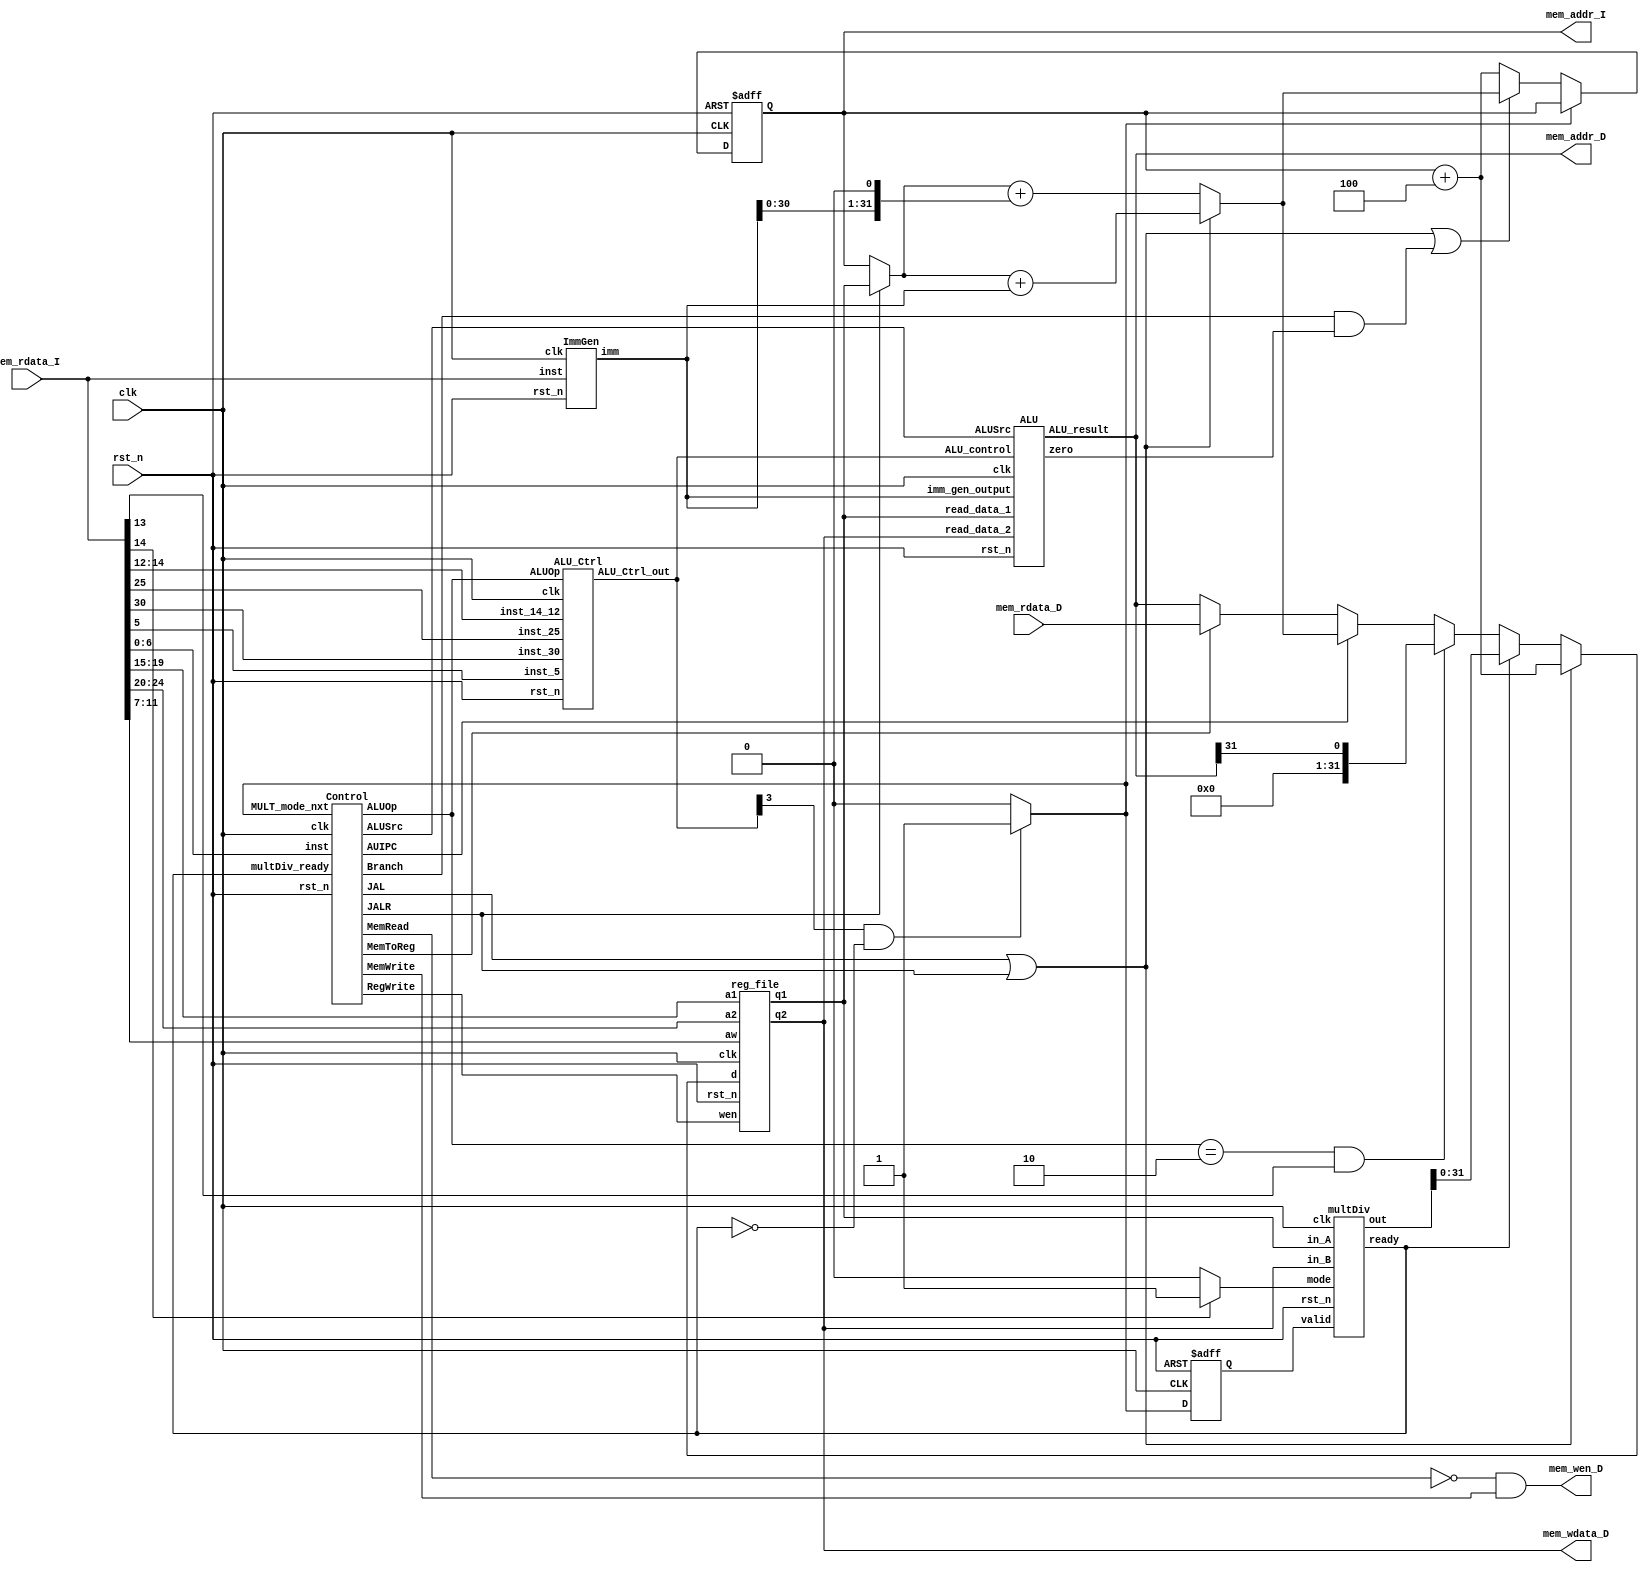
// Your code

module CHIP(clk,
            rst_n,
            // For mem_D
            mem_wen_D,
            mem_addr_D,
            mem_wdata_D,
            mem_rdata_D,
            // For mem_I
            mem_addr_I,
            mem_rdata_I);

    input         clk, rst_n ;
    // For mem_D
    output        mem_wen_D  ;
    output [31:0] mem_addr_D ;
    output [31:0] mem_wdata_D;
    input  [31:0] mem_rdata_D;
    // For mem_I
    output [31:0] mem_addr_I ;
    input  [31:0] mem_rdata_I;
    
    //---------------------------------------//
    // Do not modify this part!!!            //
    // Exception: You may change wire to reg //
    reg    [31:0] PC          ;              //
    wire   [31:0] PC_nxt      ;              //
    wire          regWrite    ;              //
    wire   [ 4:0] rs1, rs2, rd;              //
    wire   [31:0] rs1_data    ;              //
    wire   [31:0] rs2_data    ;              //
    wire   [31:0] rd_data     ;              //
    //---------------------------------------//

    reg [31:0] PC_nxt_w;
    assign PC_nxt = PC_nxt_w;

    
    // Todo: other wire/reg
    // wires
    wire jump;  // to determine whether PC should jump
    wire [31:0] Sum ; // Sum to calculate PC if jumped
    wire [31:0] Instruction; // Instruction fetched from text memory
    wire [31:0] Add1; // added value (PC or rd1), depending on JALR
    wire AUIPC, JALR, JAL, Branch, MemRead, MemToReg, MemWrite, ALUSrc, RegWrite, ALU_Zero;
    wire [1:0] ALUOp;
    wire [31:0] ImmGen_out, ALU_result;
    wire [3:0] ALU_Ctrl_out;
    wire [31:0] m1, m2, m3, m4;
    // wires for multDiv
    wire multDiv_valid, multDiv_ready, multDiv_mode;
    wire [31:0] multDiv_in_A, multDiv_in_B;
    wire [63:0] multDiv_result;
    // regs
    reg MULT_mode, MULT_mode_nxt;

    assign regWrite = RegWrite;

    assign rs1 = Instruction[19:15];
    assign rs2 = Instruction[24:20];
    assign rd = Instruction[11:7];

    assign Add1 = (JALR)?rs1_data:PC;
    assign Sum = (JALR||JAL)?Add1 + ImmGen_out:Add1 + (ImmGen_out << 1);

    // fetch
    assign mem_addr_I = PC;
    assign Instruction = mem_rdata_I;

    // assign wires to data memory
    assign mem_wen_D = (!MemRead && MemWrite); //write when condition is true, else read
    assign mem_addr_D = ALU_result;
    assign mem_wdata_D = rs2_data;

    // where does the data to be stored in register come from?
    assign m1 = (MemToReg)? mem_rdata_D:ALU_result; // from alu result or data memory
    assign m2 = (AUIPC)? Sum:m1;
    assign m3 = (ALUOp == 2'b10 && Instruction[13])? ALU_result[31]==1 : m2; // slti
    assign m4 = (multDiv_ready)? multDiv_result : m3; // mul
    assign rd_data = (JAL || JALR)? PC+4:m4;

    //---------------------------------------//
    // Do not modify this part!!!            //
    reg_file reg0(                           //
        .clk(clk),                           //
        .rst_n(rst_n),                       //
        .wen(regWrite),                      //
        .a1(rs1),                            //
        .a2(rs2),                            //
        .aw(rd),                             //
        .d(rd_data),                         //
        .q1(rs1_data),                       //
        .q2(rs2_data));                      //
    //---------------------------------------//
    
    // Todo: any combinational/sequential circuit(
    Control control0(
        .clk(clk),
        .rst_n(rst_n),
        .inst(Instruction[6:0]),
        .MULT_mode_nxt(MULT_mode_nxt),
        .multDiv_ready(multDiv_ready),
        .AUIPC(AUIPC),
        .JALR(JALR),
        .JAL(JAL),
        .Branch(Branch),
        .MemRead(MemRead),
        .MemToReg(MemToReg),
        .MemWrite(MemWrite),
        .ALUSrc(ALUSrc),
        .RegWrite(RegWrite),
        .ALUOp(ALUOp));

    ALU_Ctrl alu_ctrl0(
        .clk(clk), 
        .rst_n(rst_n), 
        .ALUOp(ALUOp), 
        .inst_30(Instruction[30]), 
        .inst_25(Instruction[25]),
        .inst_5(Instruction[5]),
        .inst_14_12(Instruction[14:12]), 
        .ALU_Ctrl_out(ALU_Ctrl_out));

    ImmGen immgen0(
        .clk(clk),
        .rst_n(rst_n),
        .inst(Instruction),
        .imm(ImmGen_out));

    ALU alu0(
    .clk(clk), 
    .rst_n(rst_n), 
    .ALUSrc(ALUSrc),
    .read_data_1(rs1_data),
    .imm_gen_output(ImmGen_out),
    .read_data_2(rs2_data),
    .ALU_control(ALU_Ctrl_out),
    .zero(ALU_Zero), 
    .ALU_result(ALU_result));

    multDiv multDiv0(
    .clk(clk),
    .rst_n(rst_n),
    .valid(multDiv_valid),
    .ready(multDiv_ready),
    .mode(multDiv_mode),
    .in_A(multDiv_in_A),
    .in_B(multDiv_in_B),
    .out(multDiv_result)
    );


    // Combinational circuit
    always @(*) begin
        if (!MULT_mode_nxt) begin
            if (JAL || JALR || (Branch && ALU_Zero)) begin
                PC_nxt_w = Sum;
            end
            else begin
                PC_nxt_w = PC + 4;
            end
        end
        else begin
            PC_nxt_w = PC;
        end
    end

    always @(*) begin
        if (ALU_Ctrl_out[3] && !multDiv_ready) begin
            MULT_mode_nxt = 1;
        end
        else begin
            MULT_mode_nxt = 0;
        end
    end

    assign multDiv_valid = MULT_mode;
    assign multDiv_mode = Instruction[14]? 1 : 0;
    assign multDiv_in_A = rs1_data;
    assign multDiv_in_B = rs2_data;

    // Sequential circuit
    always @(posedge clk or negedge rst_n) begin
        if (!rst_n) begin
            PC <= 32'h00010000; // Do not modify this value!!!
            MULT_mode <= 0;
            
        end
        else begin
            PC <= PC_nxt_w;
            MULT_mode <= MULT_mode_nxt;
        end
    end
endmodule

module reg_file(clk, rst_n, wen, a1, a2, aw, d, q1, q2);
   
    parameter BITS = 32;
    parameter word_depth = 32;
    parameter addr_width = 5; // 2^addr_width >= word_depth
    
    input clk, rst_n, wen; // wen: 0:read | 1:write
    input [BITS-1:0] d;
    input [addr_width-1:0] a1, a2, aw;

    output [BITS-1:0] q1, q2;

    reg [BITS-1:0] mem [0:word_depth-1];
    reg [BITS-1:0] mem_nxt [0:word_depth-1];

    integer i;

    assign q1 = mem[a1];
    assign q2 = mem[a2];

    always @(*) begin
        for (i=0; i<word_depth; i=i+1)
            mem_nxt[i] = (wen && (aw == i)) ? d : mem[i];
    end

    always @(posedge clk or negedge rst_n) begin
        if (!rst_n) begin
            mem[0] <= 0;
            for (i=1; i<word_depth; i=i+1) begin
                case(i)
                    32'd2: mem[i] <= 32'hbffffff0;
                    32'd3: mem[i] <= 32'h10008000;
                    default: mem[i] <= 32'h0;
                endcase
            end
        end
        else begin
            mem[0] <= 0;
            for (i=1; i<word_depth; i=i+1)
                mem[i] <= mem_nxt[i];
        end       
    end
endmodule

module multDiv(
    clk,
    rst_n,
    valid,
    ready,
    mode,
    in_A,
    in_B,
    out
);

    // Definition of ports
    input         clk, rst_n;
    input         valid, mode; // mode: 0: multu, 1: divu
    output        ready;
    input  [31:0] in_A, in_B;
    output [63:0] out;

    // Definition of states
    parameter IDLE = 2'b00;
    parameter MULT = 2'b01;
    parameter DIV  = 2'b10;
    parameter OUT  = 2'b11;

    // Todo: Wire and reg
    reg  [ 1:0] state, state_nxt;
    reg  [ 4:0] counter, counter_nxt;
    reg  [63:0] shreg, shreg_nxt;
    reg  [31:0] alu_in, alu_in_nxt;
    reg  [32:0] alu_out;

    // Todo 5: wire assignments
    wire [31:0] temp_shreg;
    reg ready_reg;

    assign out = shreg;
    assign temp_shreg = shreg[63:32] - alu_in;
    assign ready = ready_reg;
    
    // Combinational always block
    // Todo 1: State machine
    always @(*) begin
        case(state)
            IDLE: begin
                if (!valid) state_nxt = IDLE;
                else begin
                    if (mode) state_nxt = DIV;
                    else state_nxt = MULT;
                end 
            end
            MULT: begin
                if (counter != 5'b11111) state_nxt = MULT;
                else state_nxt = OUT;
            end
            DIV : begin
                if (counter != 5'b11111) state_nxt = DIV;
                else state_nxt = OUT;
            end
            OUT : state_nxt = IDLE;
        endcase
    end
    // Todo 2: Counter
    always @(*) begin
        case(state)
            MULT: counter_nxt = counter + 1;
            DIV: counter_nxt = counter + 1;
            default: counter_nxt = 0;
        endcase
    end
    // ALU input
    always @(*) begin
        case(state)
            IDLE: begin
                if (valid) alu_in_nxt = in_B;
                else       alu_in_nxt = 0;
            end
            OUT : alu_in_nxt = 0;
            default: alu_in_nxt = alu_in;
        endcase
    end

    // Todo 3: ALU output
    always @(*) begin
        case(state)
            MULT: begin
                if (shreg[0]) begin
                    alu_out = shreg[63:32] + alu_in;
                end
                else begin
                    alu_out[32] = 1'b0;
                    alu_out[31:0] = shreg[63:32];
                end
            end
            DIV : begin
                alu_out = shreg[62:31] - alu_in;
            end
            default: alu_out = 32'b0;
        endcase
    end
    // Todo 4: Shift register
    always @(*) begin
        case(state)
            IDLE: begin
                if (valid) begin
                    shreg_nxt[63:32] = 32'b0;
                    shreg_nxt[31:0] = in_A;
                end
                else shreg_nxt = 0;
            end
            MULT: begin
            // shift right
                shreg_nxt[63:31] = alu_out[32:0];
                shreg_nxt[30:0] = shreg[31:1];
            end
            DIV: begin
                if (alu_out[32]) begin
                    shreg_nxt[63:1] = shreg[62:0];
                    shreg_nxt[0] = 1'b0;
                end
                else begin
                    shreg_nxt[63:32] = alu_out[31:0];
                    shreg_nxt[31:1] = shreg[30:0];
                    shreg_nxt[0] = 1'b1;
                end
            end
            default: shreg_nxt = 0;
        endcase
    end
    // Todo: Sequential always block
    always @(posedge clk or negedge rst_n) begin
        if (!rst_n) begin
            state <= IDLE;
            shreg <= 64'b0;
            counter <= 5'b0;
            alu_in <= 32'b0;
            ready_reg <= 1'b0;
        end
        else begin
            state <= state_nxt;
            shreg <= shreg_nxt;
            counter <= counter_nxt;
            alu_in <= alu_in_nxt;
            if (counter == 5'b11111) begin
                ready_reg <= 1'b1;
            end
            else ready_reg <= 1'b0;
        end
    end

endmodule

module ImmGen(clk, rst_n, inst, imm);
    input         clk, rst_n;
    input  [31:0] inst;
    output [31:0] imm;

    reg [31:0] imm_w;
    assign imm = imm_w;

    always @(*) begin
        case(inst[6:0])
            // I
            7'b0000011: // lw
                begin
                    imm_w = { {20{inst[31]}}, inst[31:20] };
                end
            7'b1100111: // jalr
                begin
                    imm_w = { {20{inst[31]}}, inst[31:20] };
                end
            7'b0010011: 
                begin // addi slti
                    imm_w = { {20{inst[31]}}, inst[31:20] };
                end
            
            // S
            7'b0100011: // sw
                begin
                    imm_w = { {20{inst[31]}}, inst[31:25], inst[11:7] };
                end
            
            // SB
            7'b1100011: // beq
                begin
                    imm_w = { {21{inst[31]}}, inst[7], inst[30:25], inst[11:8] };
                end

            // U
            7'b0010111: // auipc
                begin
                    imm_w = { inst[31:12], 12'b0 };
                end

            // UJ
            7'b1101111: // jal
                begin
                    imm_w = { {12{inst[31]}}, inst[19:12], inst[20], inst[30:21], 1'b0 };
                end

            default:
                begin
                    imm_w = 0;
                end
        endcase
    end
endmodule

module Control(clk, rst_n, inst, MULT_mode_nxt, multDiv_ready, AUIPC, JALR, JAL, Branch, MemRead, MemToReg, MemWrite, ALUSrc, RegWrite, ALUOp);
    input clk, rst_n, MULT_mode_nxt, multDiv_ready;
    input [6:0] inst;
    output AUIPC, JALR, JAL, Branch, MemRead, MemToReg, MemWrite, ALUSrc, RegWrite;
    output [1:0] ALUOp;

    reg AUIPC_w, JALR_w, JAL_w, Branch_w, MemRead_w, MemToReg_w, MemWrite_w, ALUSrc_w, RegWrite_w;
    reg [1:0] ALUOp_w;

    assign AUIPC = AUIPC_w;
    assign JALR = JALR_w;
    assign JAL = JAL_w;
    assign Branch = Branch_w;
    assign MemRead = MemRead_w;
    assign MemWrite = MemWrite_w;
    assign MemToReg = MemToReg_w;
    assign ALUSrc = ALUSrc_w;
    assign RegWrite = RegWrite_w;
    assign ALUOp = ALUOp_w;

    always @(*) begin
        case(inst)
            // R add, sub mul
            7'b0110011: begin
                ALUSrc_w = 0;
                MemToReg_w = 0;
                if (MULT_mode_nxt && !multDiv_ready) begin
                    RegWrite_w = 0;
                end
                else begin
                    RegWrite_w = 1;
                end
                MemRead_w = 0;
                MemWrite_w = 0;
                Branch_w = 0;
                ALUOp_w = 2'b10;
                AUIPC_w = 0;
                JALR_w = 0;
                JAL_w = 0;

            end
            7'b0010011: begin // addi slti
                ALUSrc_w = 1;
                MemToReg_w = 0;
                RegWrite_w = 1;
                MemRead_w = 0;
                MemWrite_w = 0;
                Branch_w = 0;
                ALUOp_w = 2'b10;
                AUIPC_w = 0;
                JALR_w = 0;
                JAL_w = 0;
            end
            7'b0000011: begin// lw
                ALUSrc_w = 1;
                MemToReg_w = 1;
                RegWrite_w = 1;
                MemRead_w = 1;
                MemWrite_w = 0;
                Branch_w = 0;
                ALUOp_w = 2'b00;
                AUIPC_w = 0;
                JALR_w = 0;
                JAL_w = 0;
            end
            7'b1100111: begin// jalr
                ALUSrc_w = 0;
                MemToReg_w = 0;
                RegWrite_w = 1;
                MemRead_w = 0;
                MemWrite_w = 0;
                Branch_w = 0;
                ALUOp_w = 2'b00;
                AUIPC_w = 0;
                JALR_w = 1;
                JAL_w = 0;
            end
            
            // S
            7'b0100011: begin //sw
                ALUSrc_w = 1;
                MemToReg_w = 0;
                RegWrite_w = 0;
                MemRead_w = 0;
                MemWrite_w = 1;
                Branch_w = 0;
                ALUOp_w = 2'b00;
                AUIPC_w = 0;
                JALR_w = 0;
                JAL_w = 0;
            end
            
            // SB
            7'b1100011: begin // beq
                ALUSrc_w = 0;
                MemToReg_w = 0;
                RegWrite_w = 0;
                MemRead_w = 0;
                MemWrite_w = 0;
                Branch_w = 1;
                ALUOp_w = 2'b01;
                AUIPC_w = 0;
                JALR_w = 0;
                JAL_w = 0;
            end

            // U
            7'b0010111: begin // auipc
                ALUSrc_w = 1;
                MemToReg_w = 0;
                RegWrite_w = 1;
                MemRead_w = 0;
                MemWrite_w = 0;
                Branch_w = 0;
                ALUOp_w = 2'b00;
                AUIPC_w = 1;
                JALR_w = 0;
                JAL_w = 0;
            end

            // UJ
            7'b1101111: begin// jal
                ALUSrc_w = 0;
                MemToReg_w = 0;
                RegWrite_w = 1;
                MemRead_w = 0;
                MemWrite_w = 0;
                Branch_w = 0;
                ALUOp_w = 2'b00;
                AUIPC_w = 0;
                JALR_w = 0;
                JAL_w = 1;
            end

            default:
                begin
                    ALUSrc_w = 0;
                    MemToReg_w = 0;
                    RegWrite_w = 0;
                    MemRead_w = 0;
                    MemWrite_w = 0;
                    Branch_w = 0;
                    ALUOp_w = 2'b00;
                    AUIPC_w = 0;
                    JALR_w = 0;
                    JAL_w = 0;
                end
        endcase
    end

endmodule

module ALU_Ctrl(clk, rst_n, ALUOp, inst_30, inst_25, inst_5, inst_14_12, ALU_Ctrl_out);
    input clk, rst_n;
    input [1:0] ALUOp;
    input inst_30, inst_25, inst_5;
    input [2:0] inst_14_12; 
    output [3:0] ALU_Ctrl_out;

    reg [3:0] ALU_Ctrl_out_w;
    assign ALU_Ctrl_out = ALU_Ctrl_out_w;


    always @(*) begin
        case(ALUOp)
            2'b00: begin
                ALU_Ctrl_out_w = 4'b0010;
            end
            2'b01: begin
                ALU_Ctrl_out_w = 4'b0110;
            end
            2'b10: begin
                if (inst_14_12[1] || (inst_30 && inst_5)) begin
                    // subtract
                    ALU_Ctrl_out_w = 4'b0110;
                end
                else begin
                    if (inst_25 && inst_5) begin
                        // mult
                        ALU_Ctrl_out_w = 4'b1000;
                    end
                    else begin
                        // add
                        ALU_Ctrl_out_w = 4'b0010;
                    end
                end
            end
            default: begin
                ALU_Ctrl_out_w = 0;
            end
        endcase
    end

endmodule
module ALU(
    clk, 
    rst_n, 
    ALUSrc,
    read_data_1,
    imm_gen_output,
    read_data_2,
    ALU_control,
    zero, 
    ALU_result
);

    input         clk, rst_n, ALUSrc;
    input  [31:0] imm_gen_output;
    input  [31:0] read_data_2, read_data_1;
    input   [3:0] ALU_control;
    output zero;
    output [31:0] ALU_result;



    wire [31:0] mux_output;
    reg [31:0] ALU_result_w;
    assign ALU_result = ALU_result_w;
    
    parameter AND = 4'b0000;
    parameter OR  = 4'b0001;
    parameter ADD = 4'b0010;
    parameter SUB = 4'b0110;

    assign mux_output = (ALUSrc)?imm_gen_output:read_data_2;
    assign zero = (ALU_result_w==0);

    always @(*) begin
        case(ALU_control)
            AND:     ALU_result_w = read_data_1 & mux_output;
            OR:      ALU_result_w = read_data_1 | mux_output;
            ADD:     ALU_result_w = read_data_1 + mux_output;
            SUB:     ALU_result_w = read_data_1 - mux_output;
            default: ALU_result_w = 0;
        endcase
    end

endmodule